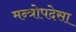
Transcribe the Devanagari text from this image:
मन्त्रोपदेसा